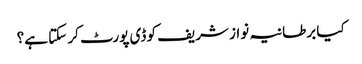
کیا برطانیہ نواز شریف کو ڈی پورٹ کر سکتا ہے؟